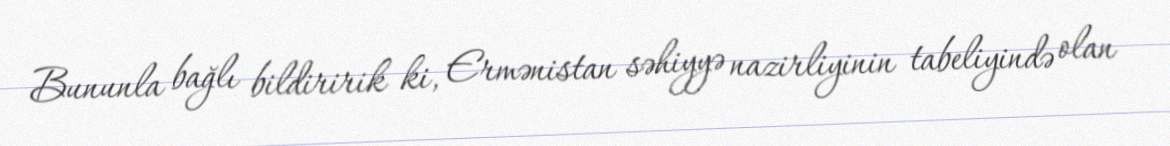
Bununla bağlı bildiririk ki, Ermənistan səhiyyə nazirliyinin tabeliyində olan